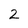
Character: 2